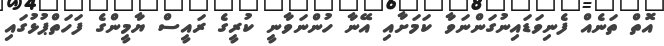
އޮތް ތަނެއް ފެނިވަޑައިނުގަންނަވާ ކަމަށާއި އޭނާ ހުންނަވާނީ ކުރީގެ ރައީސް ޔާމީންގެ ފަހަތްޕުޅުގައި